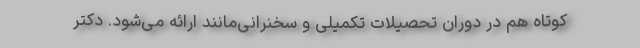
کوتاه هم در دوران تحصیلات تکمیلی و سخنرانی‌مانند ارائه می‌شود. دکتر